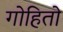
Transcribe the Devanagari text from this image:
गोहितो